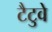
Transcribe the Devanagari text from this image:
टैटुवे